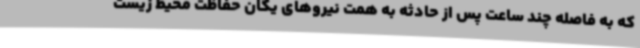
که به فاصله چند ساعت پس از حادثه به همت نیروهای یگان حفاظت محیط زیست